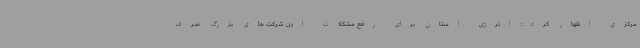
مرکزی اظهار کرد: انرژی استان برای رفع مشکلات این شرکت های بزرگ صرف